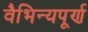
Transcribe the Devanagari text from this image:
वैभिन्यपूर्ण